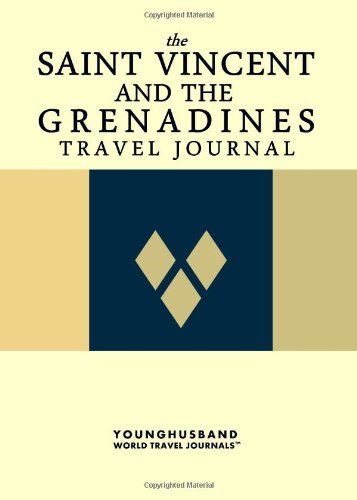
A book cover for The Saint Vincent and the Grenadines Travel Journal; Younghusband World Travel Journals; Travel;